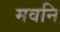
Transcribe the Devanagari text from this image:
मवनि